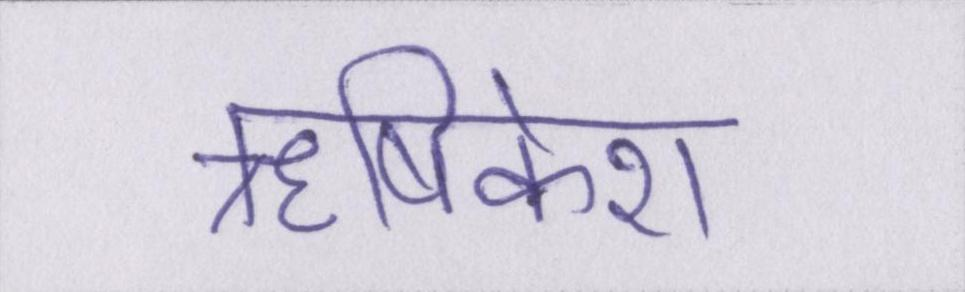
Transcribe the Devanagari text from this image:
ॠषिकेश